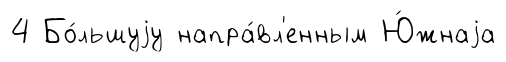
4 Бо́льшуjу напра́вл'енным Ю́жнаjа